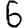
Digit: 6